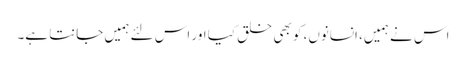
اس نے ہمیں، انسانوں، کو بھی خلق کیا اور اس لئے ہمیں جانتا ہے۔